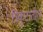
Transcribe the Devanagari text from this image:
त्रिकुटातील